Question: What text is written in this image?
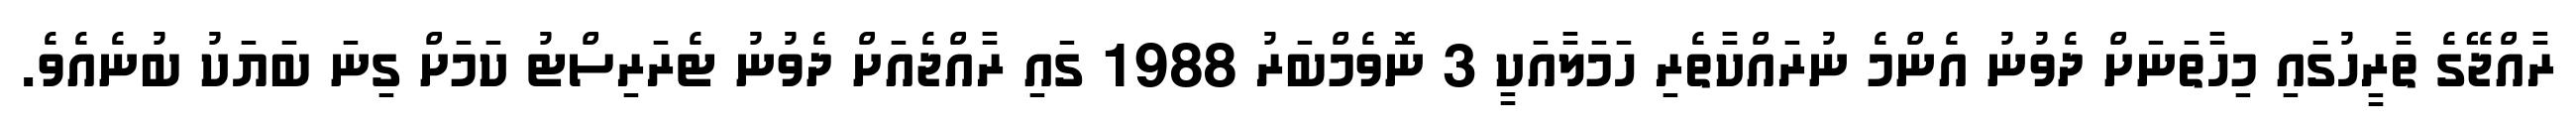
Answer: ރާއްޖޭގެ ތާރީހުގައި މިހާތަނަށް ދެވުނު އެންމެ ނުރައްކާތެރި ހަމަލާއަކީ 3 ނޮވެމްބަރު 1988 ގައި ރާއްޖެއަށް ދެވުނު ޓެރަރިސްޓު ކަމަށް ގިނަ ބަޔަކު ބުނެއެވެ.